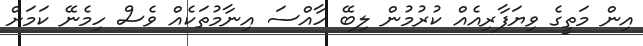
އިން މަތީގެ ވިޔަފާރިއެއް ކުރުމުން ލިބޭ ހާއްސަ އިނާމުތަކެއް ވެސް ހިމެނޭ ކަމަށް